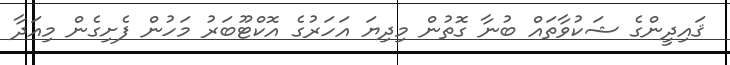
ޤައިދީންގެ ޝަކުވާތައް ބުނާ ގޮތުން މިދިޔަ އަހަރުގެ އޮކްޓޫބަރު މަހުން ފެށިގެން މިއަދާ